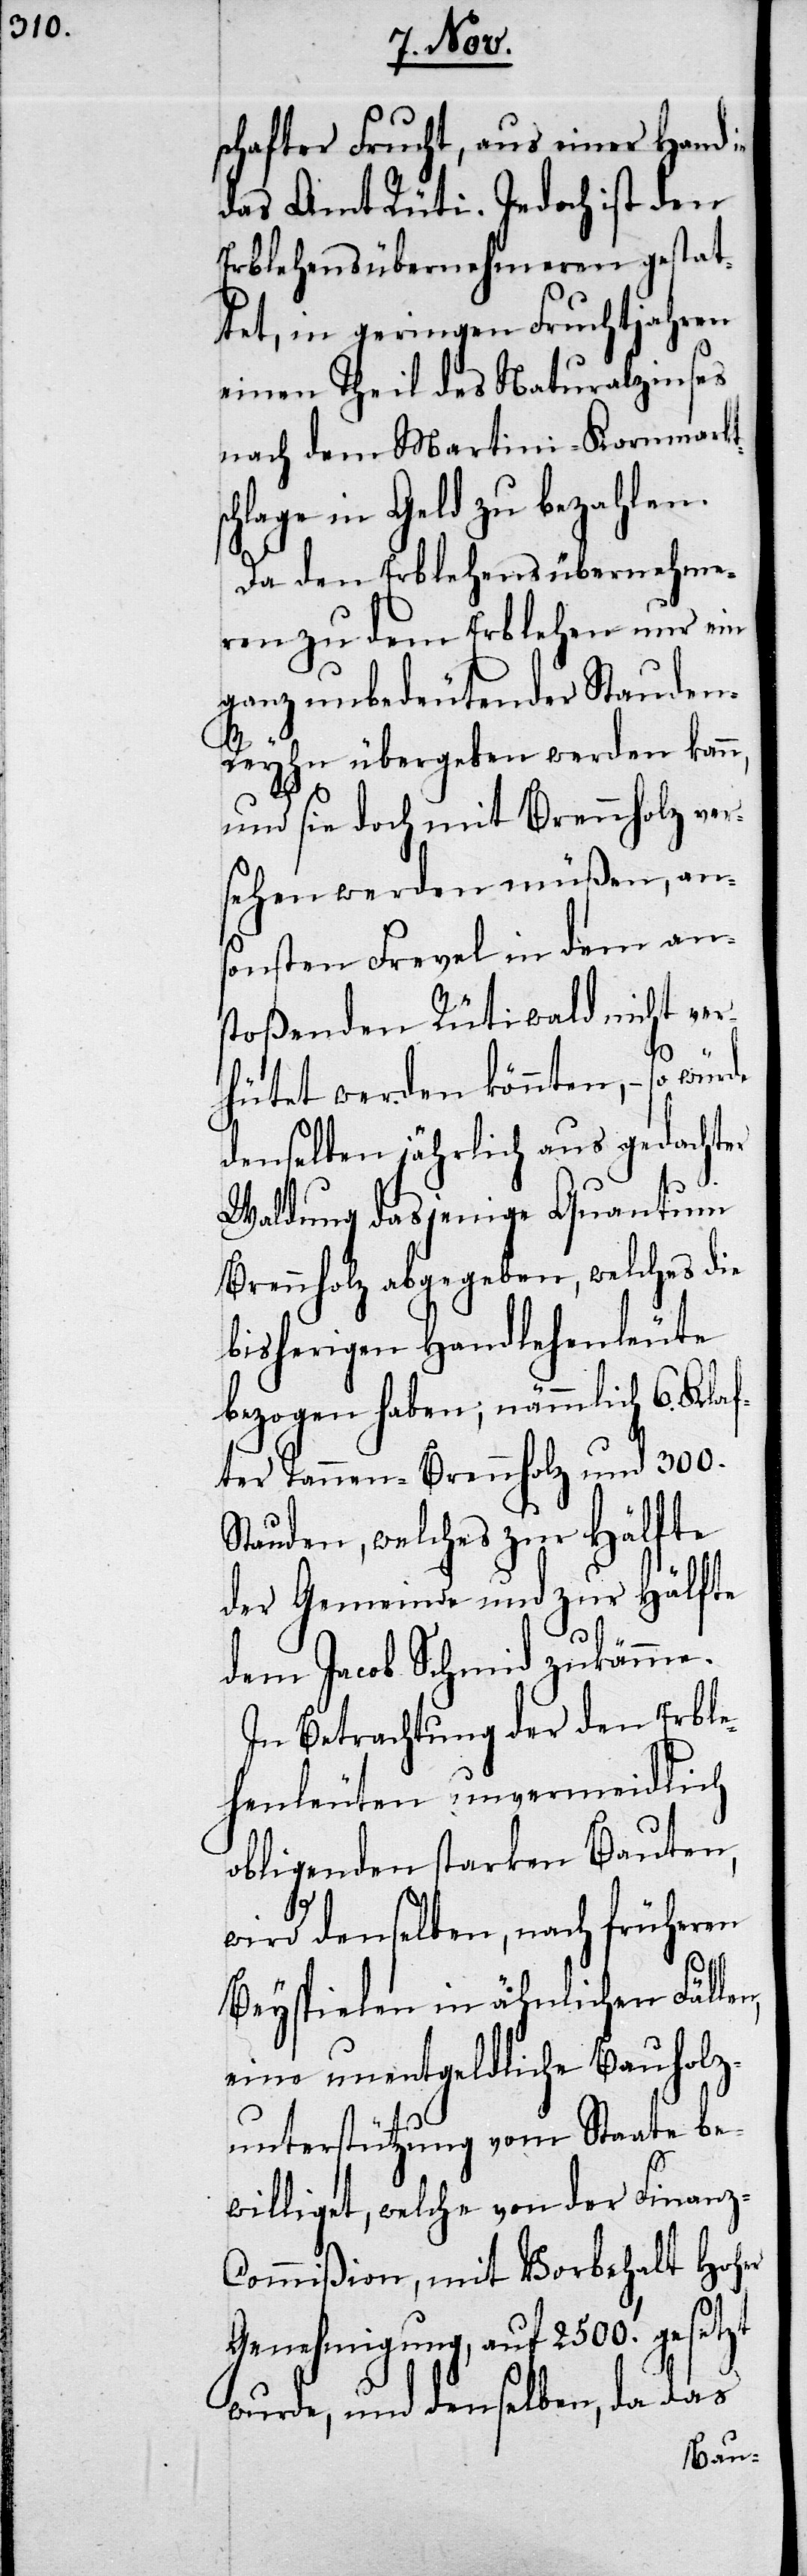
schafter Frucht, aus einer Hand in
das Amt Rüti. Jedoch ist den
Erblehenübernehmeren gestat¬
tet, in geringen Fruchtjahren
einen Theil des Naturalzinses
nach dem Martini-Kornmarktsc¬
hlage in Geld zu bezahlen.
Da den Erblehenübernehme¬
ren zu dem Erblehen nur ein
ganz unbedeutender Stauden-R¬
eyhn übergeben werden kann,
und sie doch mit Brennholz ver¬
sehen werden müßen, ans¬
onsten Frevel in dem an¬
stoßenden Rütiwald nicht ver¬
hütet werden könnten, – so würde
denselben jährlich aus gedachter
Waldung dasjenige Quantum
Brennholz abgegeben, welches die
bisherigen Handlehenleute
bezogen haben; nämmlich 6. Klaf¬
ter Tannen-Brennholz und 300.
Stauden, welches zur Hälfte
der Gemeinde und zur Hälfte
dem Jacob Schmid zukämme.
In Betrachtung der den Erble¬
henleuten unvermeidlich
obligenden starken Bauten,
wird denselben, nach früheren
Beyspielen in ähnlichen Fällen,
eine unentgeltliche Bauholz¬
unterstützung vom Staate be¬
williget, welche von der Finanz-C¬
ommißion, mit Vorbehalt Hoher
Genehmigung, auf 2500.’ gesetzt
wurde, und denselben, da das